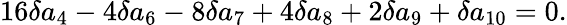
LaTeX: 16\delta a_{4}-4\delta a_{6}-8\delta a_{7}+4\delta a_{8}+2\delta a_{9}+\delta a_{10}=0.